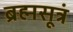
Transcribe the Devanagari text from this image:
ब्रह्मसूत्रं